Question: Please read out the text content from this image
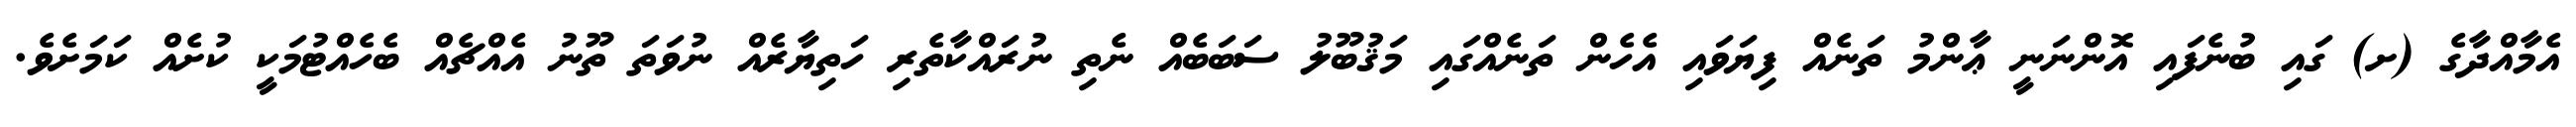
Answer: އެމާއްދާގެ (ށ) ގައި ބުނެފައި އޮންނަނީ ޢާންމު ތަނެއް ފިޔަވައި އެހެން ތަނެއްގައި މަޤުބޫލު ސަބަބެއް ނެތި ނުރައްކާތެރި ހަތިޔާރެއް ނުވަތަ ތޫނު އެއްޗެއް ބެހެއްޓުމަކީ ކުށެއް ކަމަށެވެ.